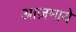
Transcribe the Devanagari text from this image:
आज़माये